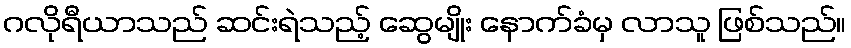
ဂလိုရီယာသည် ဆင်းရဲသည့် ဆွေမျိုး နောက်ခံမှ လာသူ ဖြစ်သည်။